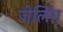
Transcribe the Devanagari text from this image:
जेलिंग